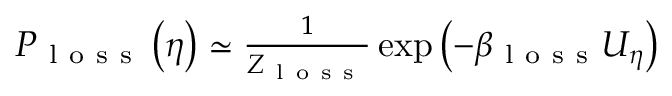
\begin{array} { r } { P _ { \mathrm { ~ l ~ o ~ s ~ s ~ } } \left( \eta \right) \simeq \frac { 1 } { Z _ { \mathrm { ~ l ~ o ~ s ~ s ~ } } } \exp \left( - \beta _ { \mathrm { ~ l ~ o ~ s ~ s ~ } } U _ { \eta } \right) } \end{array}